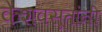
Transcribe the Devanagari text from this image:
केशवसूतांनी